Civil Veterinary Department Bengal reports 1923-33 - 1923-1933
Year: 1923
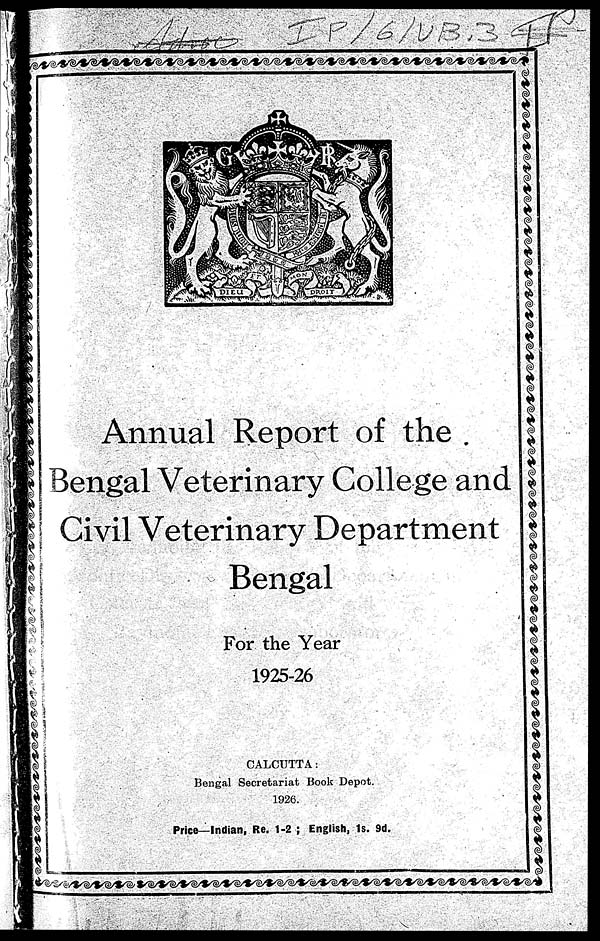
Annual Report of the
Bengal Veterinary College and
Civil Veterinary Department
Bengal
For the Year
1925-26
CALCUTTA:
Bengal Secretariat Book Depot.
1926.
Price—Indian, Re. 1-2 ; English, 1s. 9d.